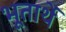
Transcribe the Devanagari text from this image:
भूतार्थे